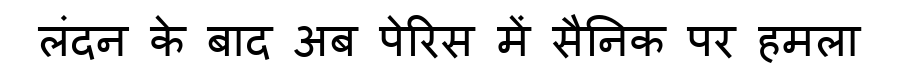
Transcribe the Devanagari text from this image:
लंदन के बाद अब पेरिस में सैनिक पर हमला